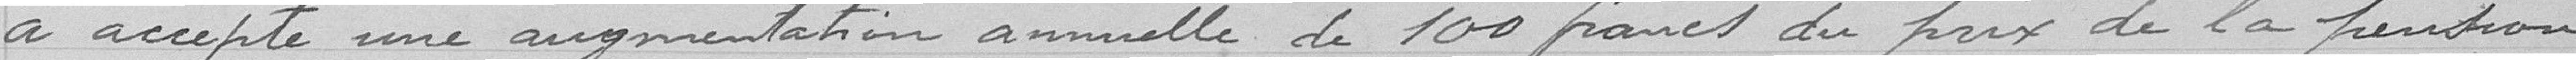
a acepté une augmentation annuelle de 100 francs du prix de la pension